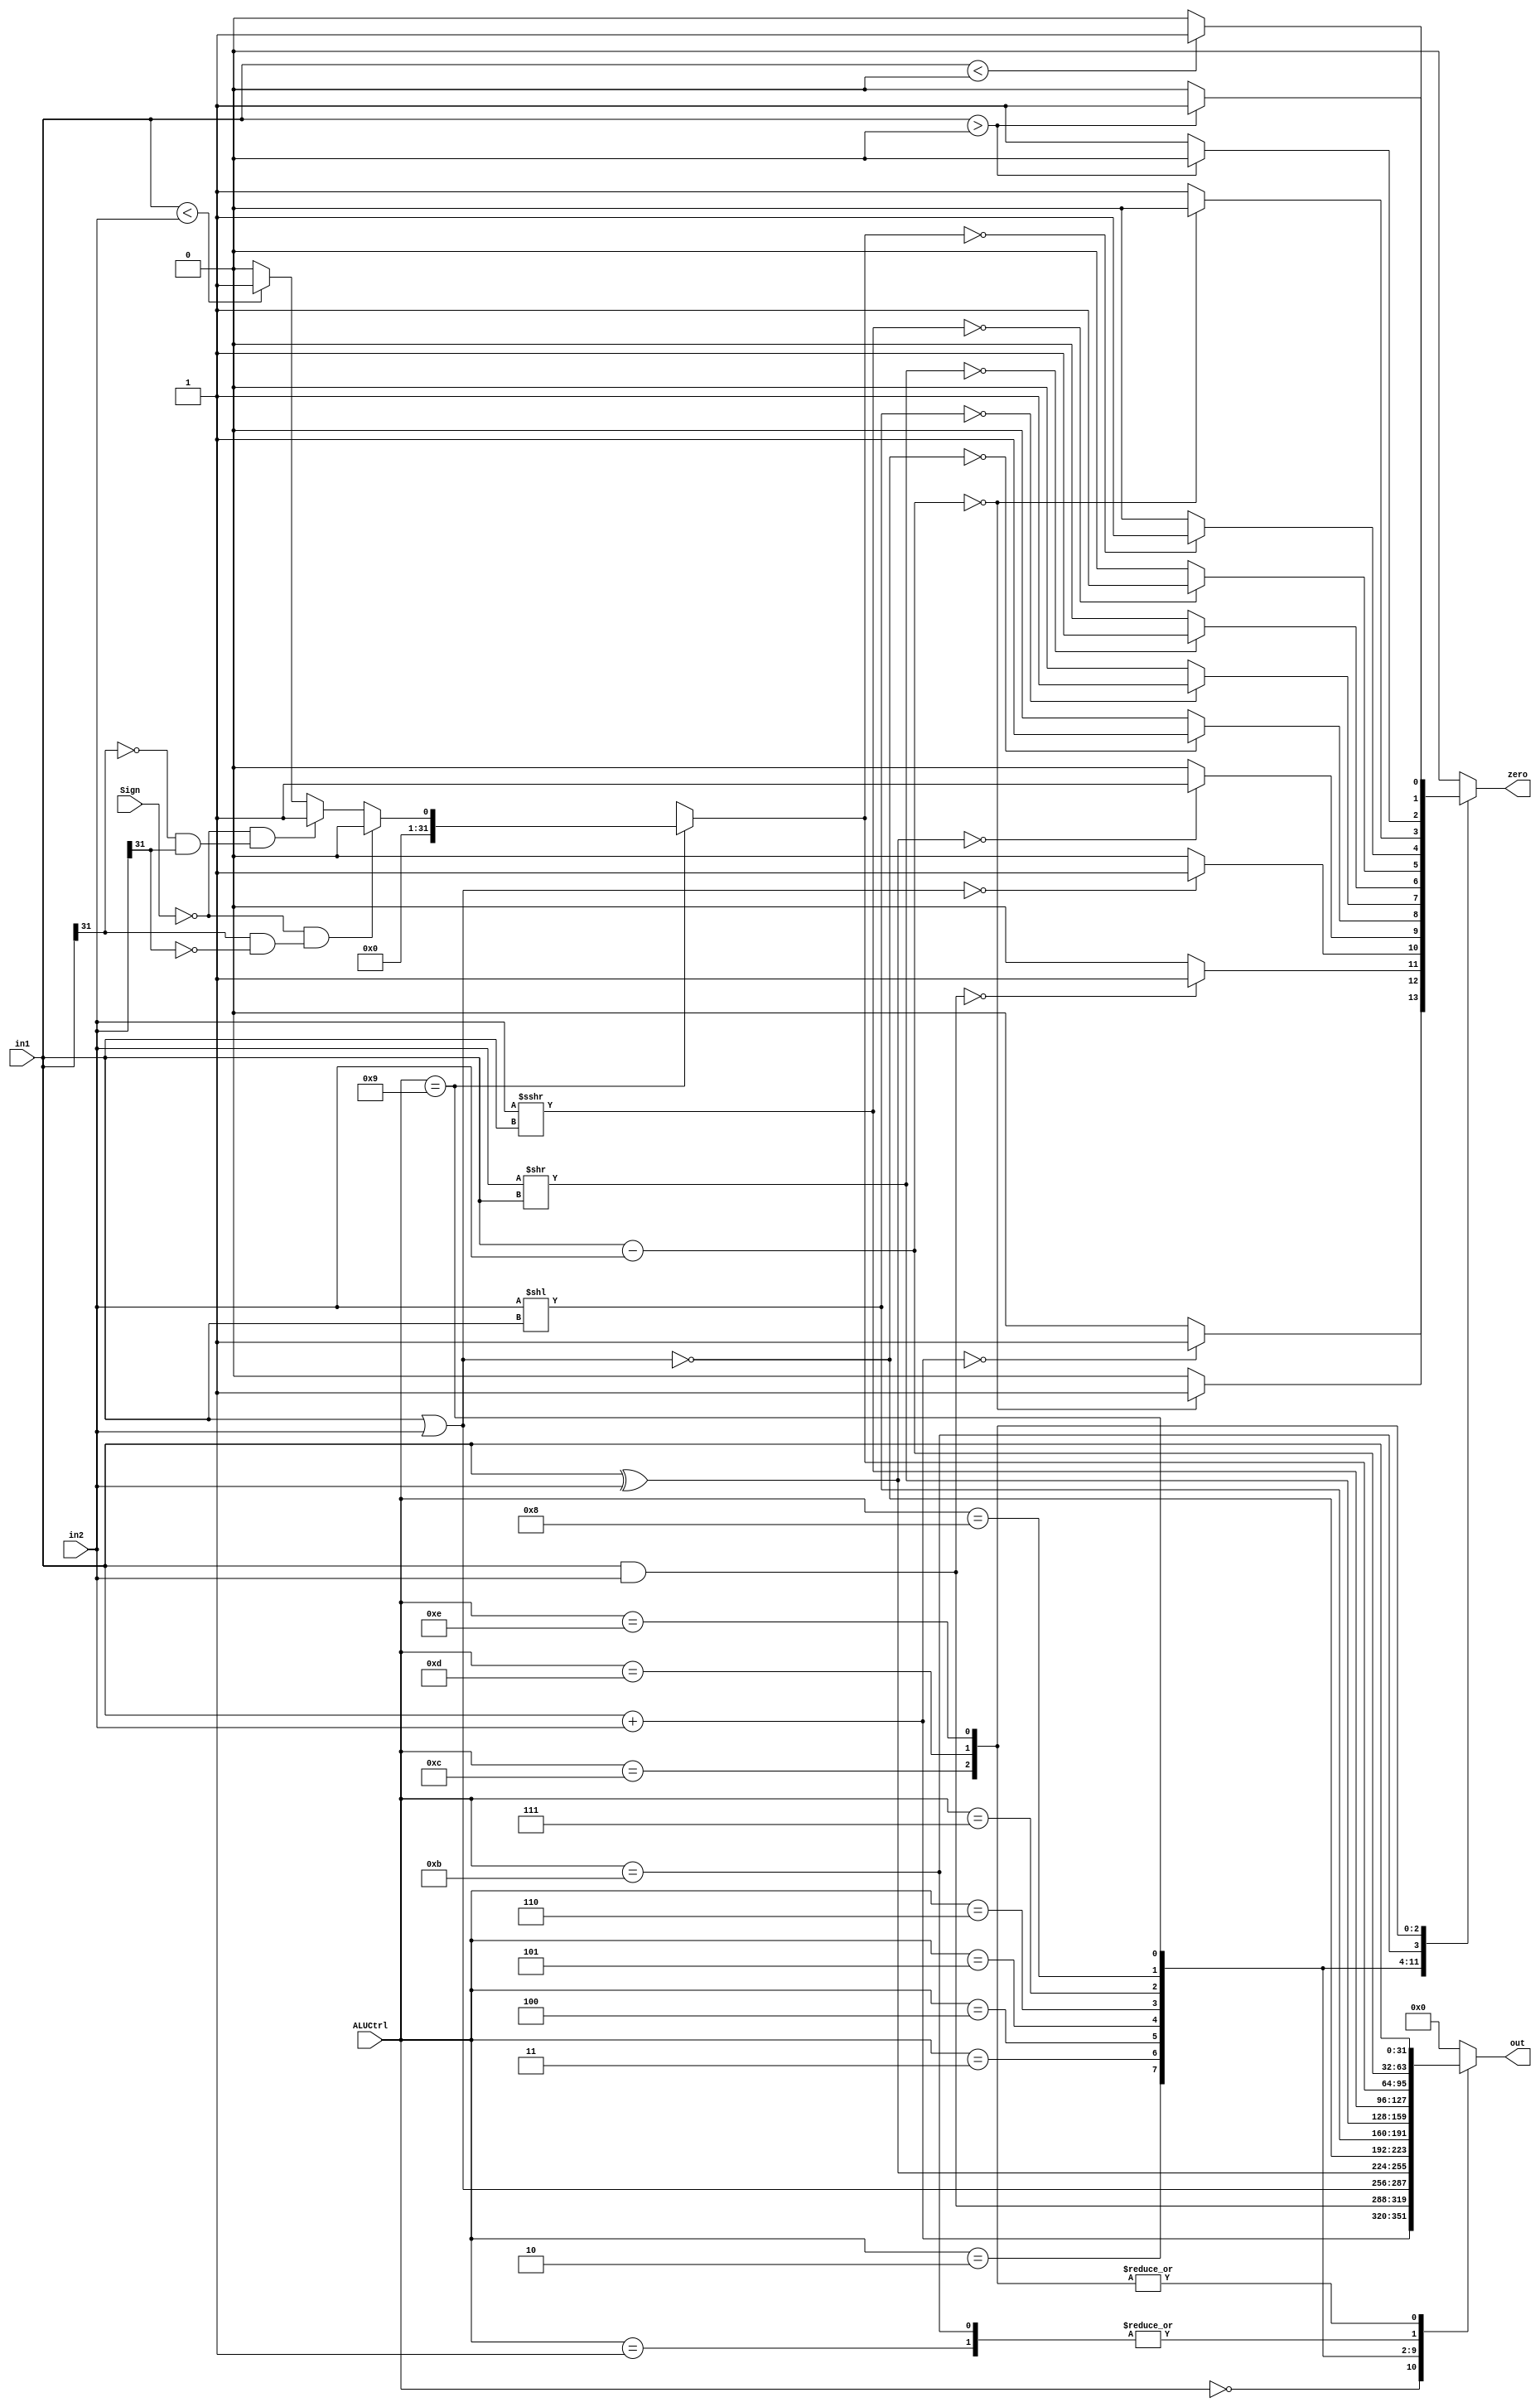
`timescale 1ns / 1ps
module ALU(in1, in2, ALUCtrl, Sign, out, zero);
input signed [31:0] in1;
input signed [31:0] in2;
input [4:0] ALUCtrl;
input Sign;
output reg signed[31:0] out;
output reg zero;

always @(*)
begin
    casez(ALUCtrl)
    // lw in1: $rs, in2: Imm16 Sign_ext
    // sw in1: $rs, in2: Imm16 Sign_ext
    // lui in1 $zero, in2: Imm16 Sign_ext
    // add/ addu/ addi/ addiu
    // jr/jalr
    5'd0:
    begin
        out = in1 + in2;
        zero = (out==0) ? 1:0;
    end
    // sub / subu/ beq
    5'd1:
    begin
        out = in1 - in2;
        zero = (out == 0)?1:0;
    end
    // and / andi
    5'd2:
    begin
        out = in1&in2;
        zero= (out == 0) ? 1:0;
    end
    // or
    5'd3:
    begin
        out = in1|in2;
        zero= (out == 0) ? 1:0;
    end
    // xor
    5'd4:
    begin
        out = in1^in2;
        zero = (out == 0) ? 1:0;
    end
    // nor
    5'd5: 
    begin
        out = ~(in1|in2);
        zero= (out == 0)?1:0;
    end
    // sll
    5'd6:
    begin
        out = in2<<in1;
        zero= (out == 0)?1:0;
    end
    // srl
    5'd7:
    begin
        out = in2>>in1;
        zero = (out == 0)?1:0;
    end
    // sra
    5'd8:
    begin
        out = in2>>>in1;
        zero = (out == 0)?1:0;
    end
    // slt/slti & sltu/sltiu
    5'd9:
    begin
        if(~Sign&&(in1[31]==1&&in2[31]==0)) 
            out = 0;
        else if(~Sign&&(in1[31]==0&&in2[31]==1))
            out = 1;
        else
            out = (in1<in2)?1:0;
        zero = (out == 0)?1:0;
    end
    // j / jal no use ALU?
    5'd10:
    begin
        out = 0;
        zero = 0;
    end
    // there must be some problem! 
    // bne
    5'd11:
    begin
        out = in1-in2;
        zero = (out ==0)?0:1;
    end
    // blez
    5'd12:
    begin
        out = in1;
        zero = (out>0)?0:1;
    end
    // bltz
    5'd13:
    begin
        out = in1;
        zero = (out<0)?1:0;
    end
    // bgtz
    5'd14:
    begin
        out = in1;
        zero = (out>0)?1:0;
    end
    default:
    begin
        out = 0;
        zero = 0;
    end
    endcase
end
endmodule